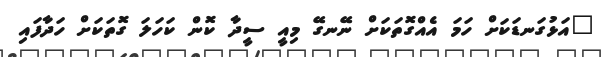
"އަޅުގަނޑަކަށް ހަމަ އެއްގޮތަކަށް ނޭނގޭ މިއީ ސީދާ ކޮން ކަހަލަ ގޮތަކަށް ހަދާފައި